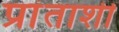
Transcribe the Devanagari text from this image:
प्रांताशी